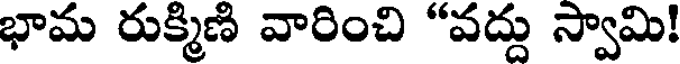
భామ రుక్మిణి వారించి "వద్దు స్వామి!